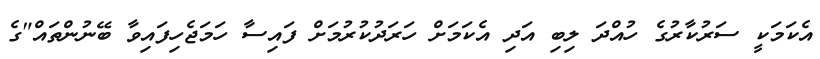
އެކަމަކީ ސަރުކާރުގެ ހުއްދަ ލިބި އަދި އެކަމަށް ހަރަދުކުރުމަށް ފައިސާ ހަމަޖެހިފައިވާ ބޭނުންތައް"ގެ